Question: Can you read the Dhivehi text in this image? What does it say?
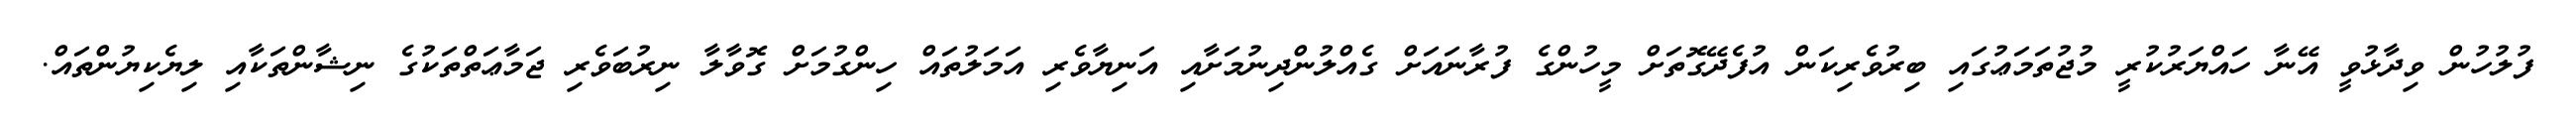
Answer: ފުލުހުން ވިދާޅުވީ އޭނާ ހައްޔަރުކުރީ މުޖުތަމަޢުގައި ބިރުވެރިކަން އުފެދޭގޮތަށް މީހުންގެ ފުރާނައަށް ގެއްލުންދިނުމަށާއި އަނިޔާވެރި އަމަލުތައް ހިންގުމަށް ގޮވާލާ ނިރުބަވެރި ޖަމާޢަތްތަކުގެ ނިޝާންތަކާއި ލިޔެކިޔުންތައް.